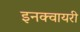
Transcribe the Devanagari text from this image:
इनक्वायरी